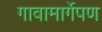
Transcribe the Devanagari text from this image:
गावामार्गेपण